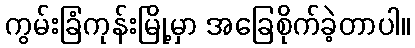
ကွမ်းခြံကုန်းမြို့မှာ အခြေစိုက်ခဲ့တာပါ။